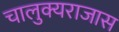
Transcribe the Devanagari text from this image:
चालुक्यराजास